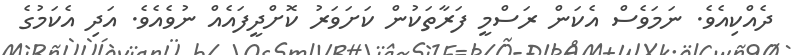
ދެއްކިއެވެ. ނަމަވެސް އެކަން ރަސްމީ ފަރާތަކުން ކަށަވަރު ކޮށްދީފައެއް ނުވެއެވެ. އަދި އެކަމުގެ